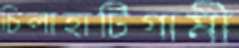
চিলাহাটিগামী